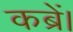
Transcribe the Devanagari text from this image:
कब्रें।